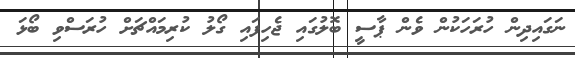
ނަގައިދިން ހުރަހަކުން ވެން ޕާސީ ބޮލުގައި ޖެހިފައި ގޯލު ކުރިމައްޗަށް ހުރަސްވި ބޯޅަ